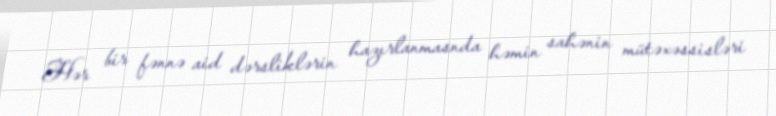
Hər bir fənnə aid dərsliklərin hazırlanmasnda həmin sahənin mütəxəssisləri